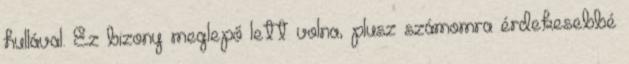
hullával. Ez bizony meglepő lett volna, plusz számomra érdekesebbé